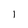
Character: l